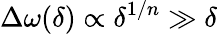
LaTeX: \Delta\omega(\delta)\propto\delta^{1/n}\gg\delta